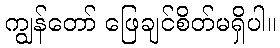
ကျွန်တော် ဖြေချင်စိတ်မရှိပါ။